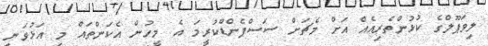
ލިވަޕޫލްގެ ކުޅުންތެރިއެއް އަށް މެޗަށް ސަސްޕެންޑްކުރީމަ އެ މީހުން އެކަންތައް މި އަޅުވަނީ